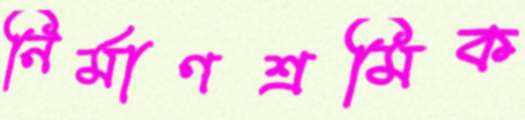
নির্মাণশ্রমিক